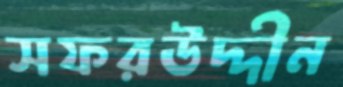
সফরউদ্দীন